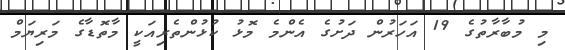
މި މުބާރާތުގެ 19 އަހަރުން ދަށުގެ އެންމެ މޮޅު ކުޅުންތެރިއަކީ މާތޮޑާގެ މަރިޔަމް